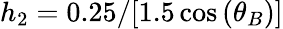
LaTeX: h_{2}=0.25/[1.5\cos{(\theta_{B})]}